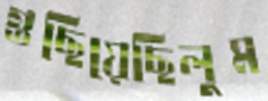
গুছিয়েছিলুম